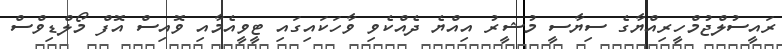
ރައީސުލްޖުމްހީރިއްޔާގެ ސިޔާސީ މުޝީރު އިއްޔެ ދެއްކެވި ވާހަކައިގައި ޓީވީއެމާއި ވޮއިސް އޮފް މޯލްޑިވްސް